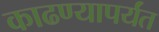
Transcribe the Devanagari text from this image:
काढण्यापर्यंत